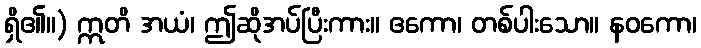
ရှိ၏။) ဣတိ အယံ၊ ဤဆိုအပ်ပြီးကား။ ဧကော၊ တစ်ပါးသော။ နဝကော၊